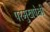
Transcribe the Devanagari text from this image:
परमुखपेक्षी